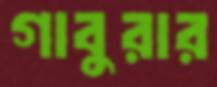
গাবুরার